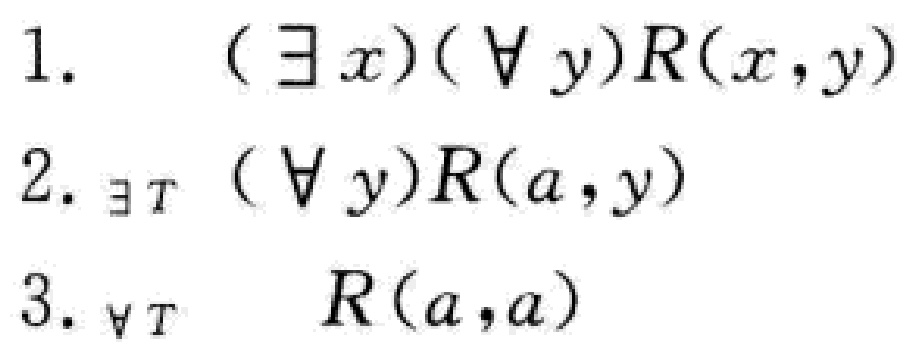
1. $(\exists x)(\forall y)R(x,y)$
2. $\exists T(\forall y)R(a,y)$
3. $\forall T\ R(a,a)$